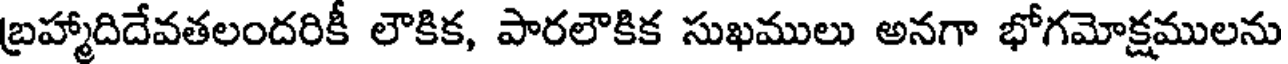
బ్రహ్మాదిదేవతలందరికీ లౌకిక, పారలౌకిక సుఖములు అనగా భోగమోక్షములను